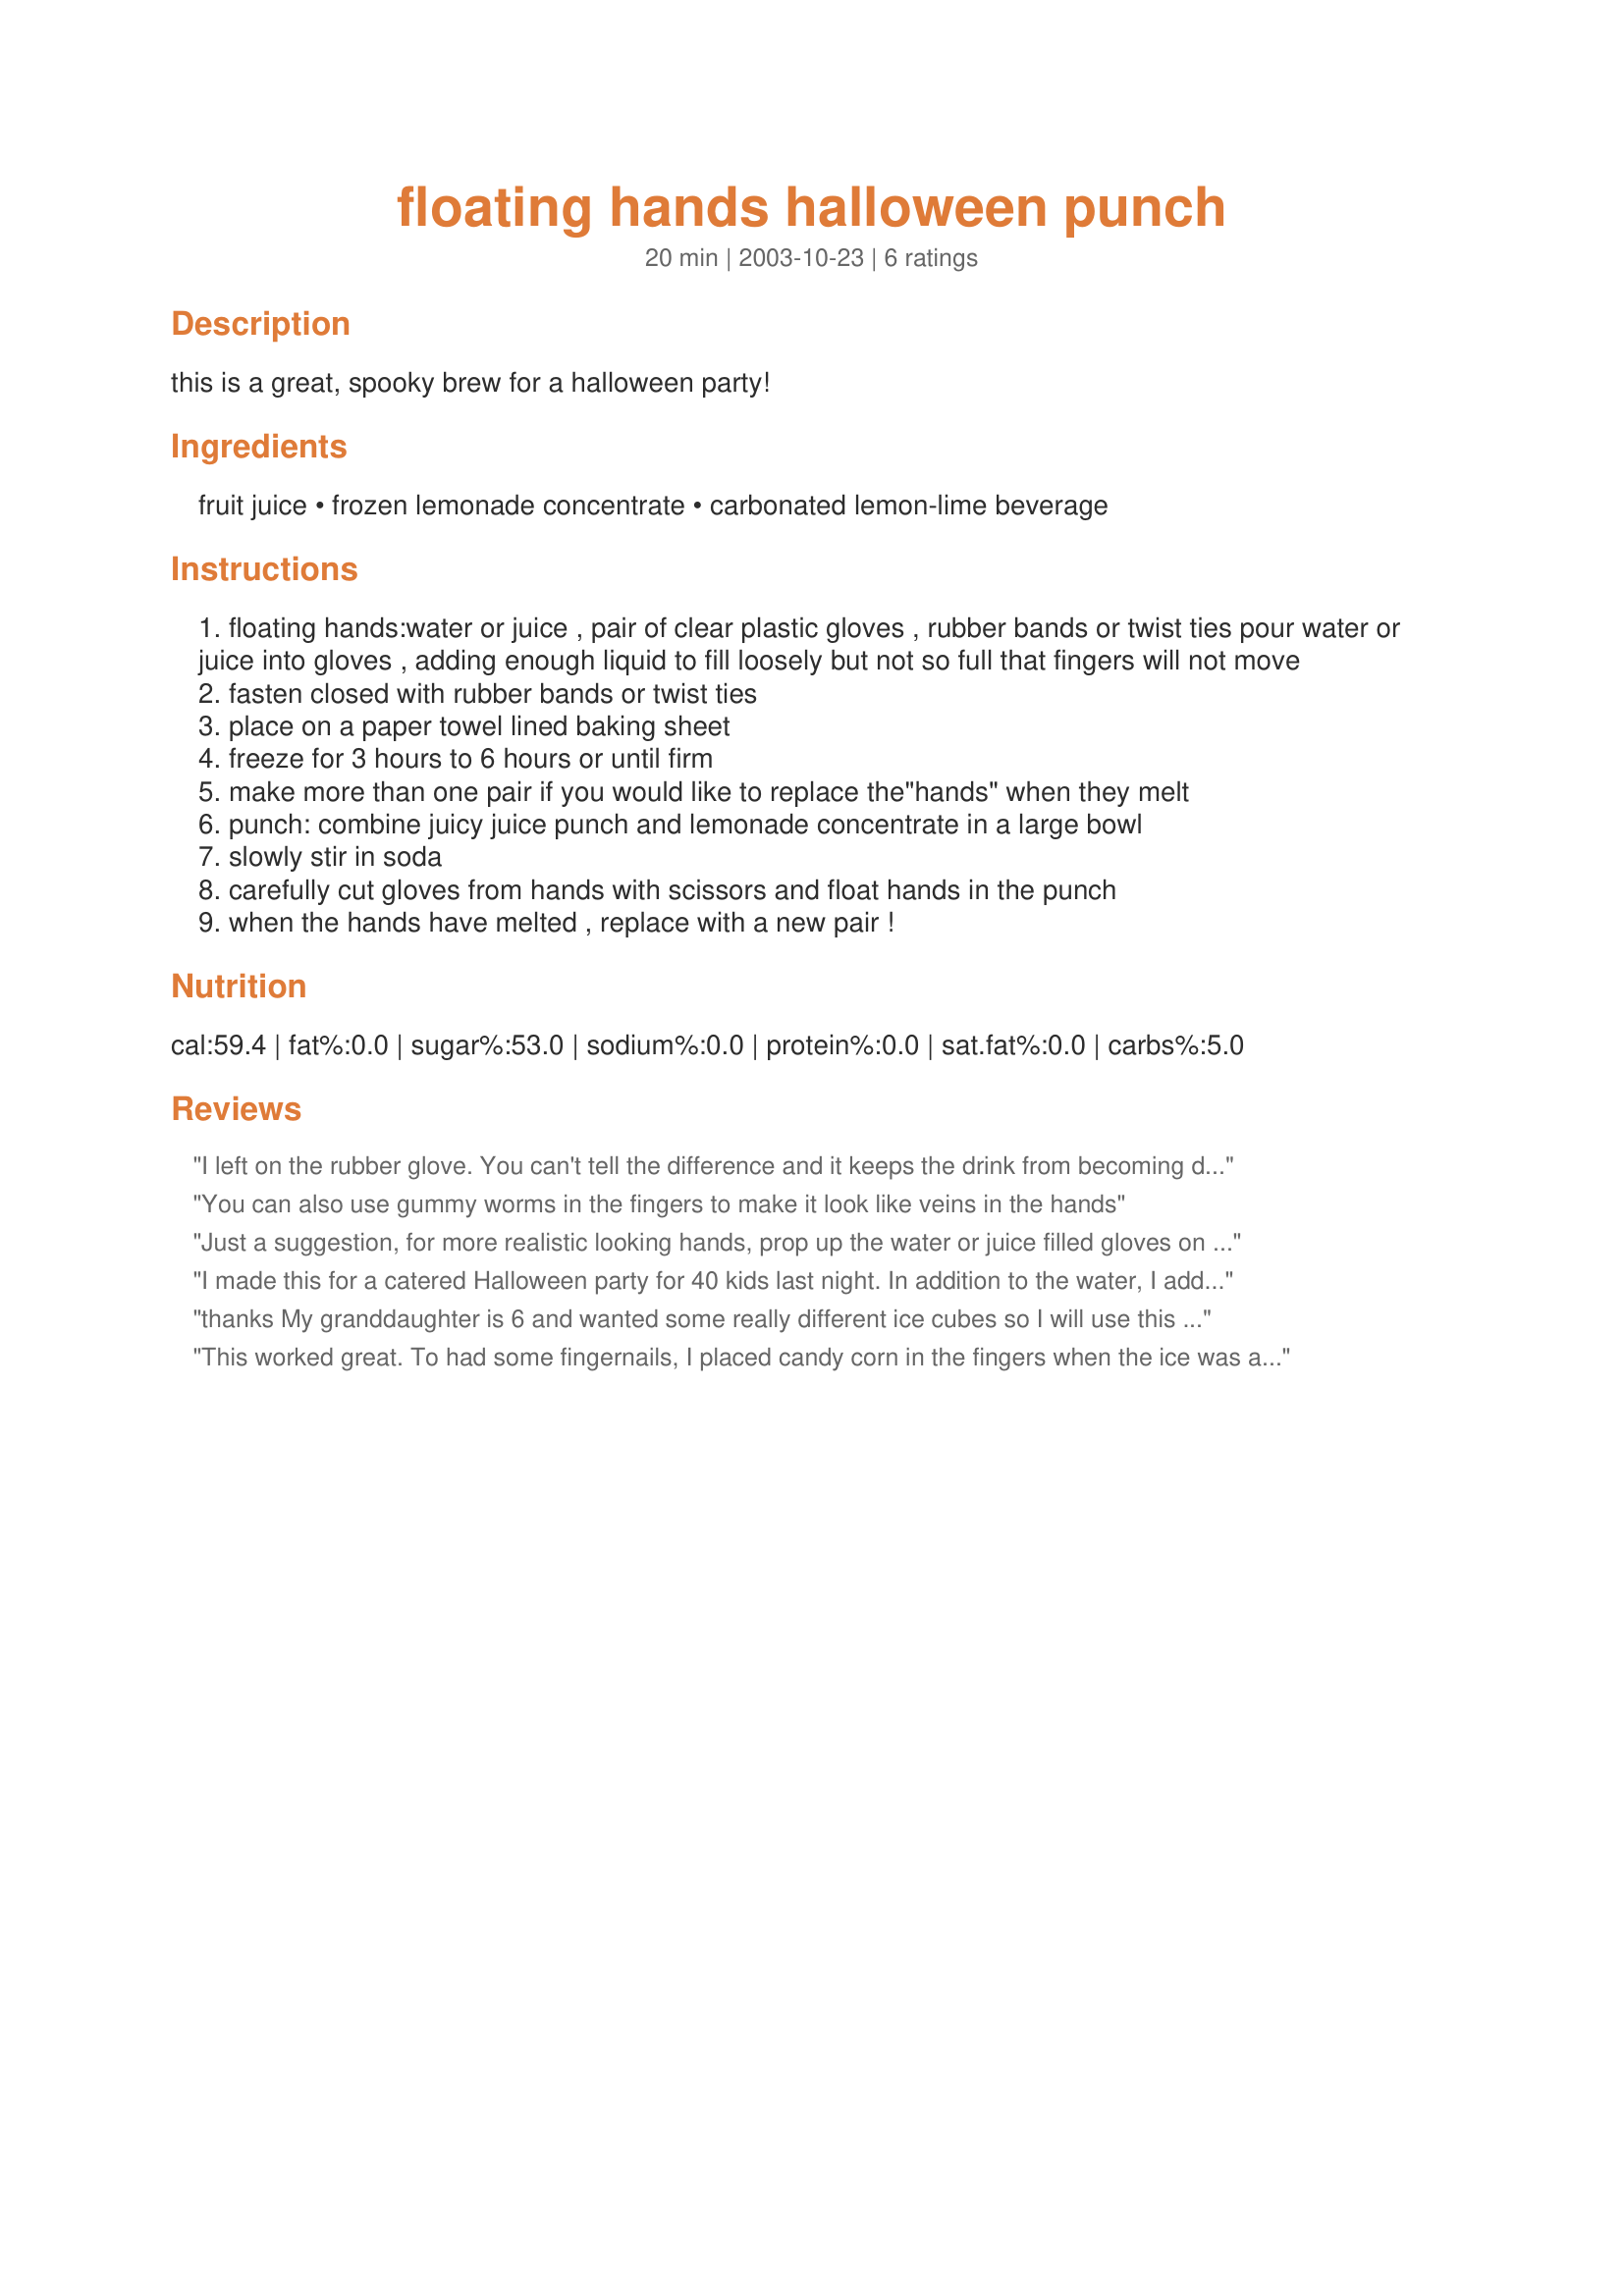
floating hands halloween punch
Preparation time: 20 minutes

this is a great, spooky brew for a halloween party!

Ingredients:
fruit juice, frozen lemonade concentrate, carbonated lemon-lime beverage

Steps:
floating hands:water or juice , pair of clear plastic gloves , rubber bands or twist ties pour water or juice into gloves , adding enough liquid to fill loosely but not so full that fingers will not move
fasten closed with rubber bands or twist ties
place on a paper towel lined baking sheet
freeze for 3 hours to 6 hours or until firm
make more than one pair if you would like to replace the"hands" when they melt
punch: combine juicy juice punch and lemonade concentrate in a large bowl
slowly stir in soda
carefully cut gloves from hands with scissors and float hands in the punch
when the hands have melted , replace with a new pair !

Reviews:
I left on the rubber glove. You can't tell the difference and it keeps the drink from becoming diluted. Oh and btw, would you mind giving me hand? bawhahahaaaaaaa
You can also use gummy worms in the fingers to make it look like veins in the hands
Just a suggestion, for more realistic looking hands, prop up the water or juice filled gloves on a tennis ball or a rolled up washcloth. This will give a lifelike curve to the palm and fingers of your hands! You may need to support the hands with other towels, etc, until they firm up. You could get really gross and put a few gummy worms into your "decaying" hands, too!
I made this for a catered Halloween party for 40 kids last night. In addition to the water, I added gummy candies - which gave the hands a multi-colored, creepy decayed look to them.
thanks My granddaughter is 6 and wanted some really different ice cubes so I will use this I will rate this as a 5 star just for the idea
This worked great. To had some fingernails, I placed candy corn in the fingers when the ice was almost set. I reclosed the glove and finished freezing. The glove I used was a clear disposable one because a household clove is coated in the inside.
